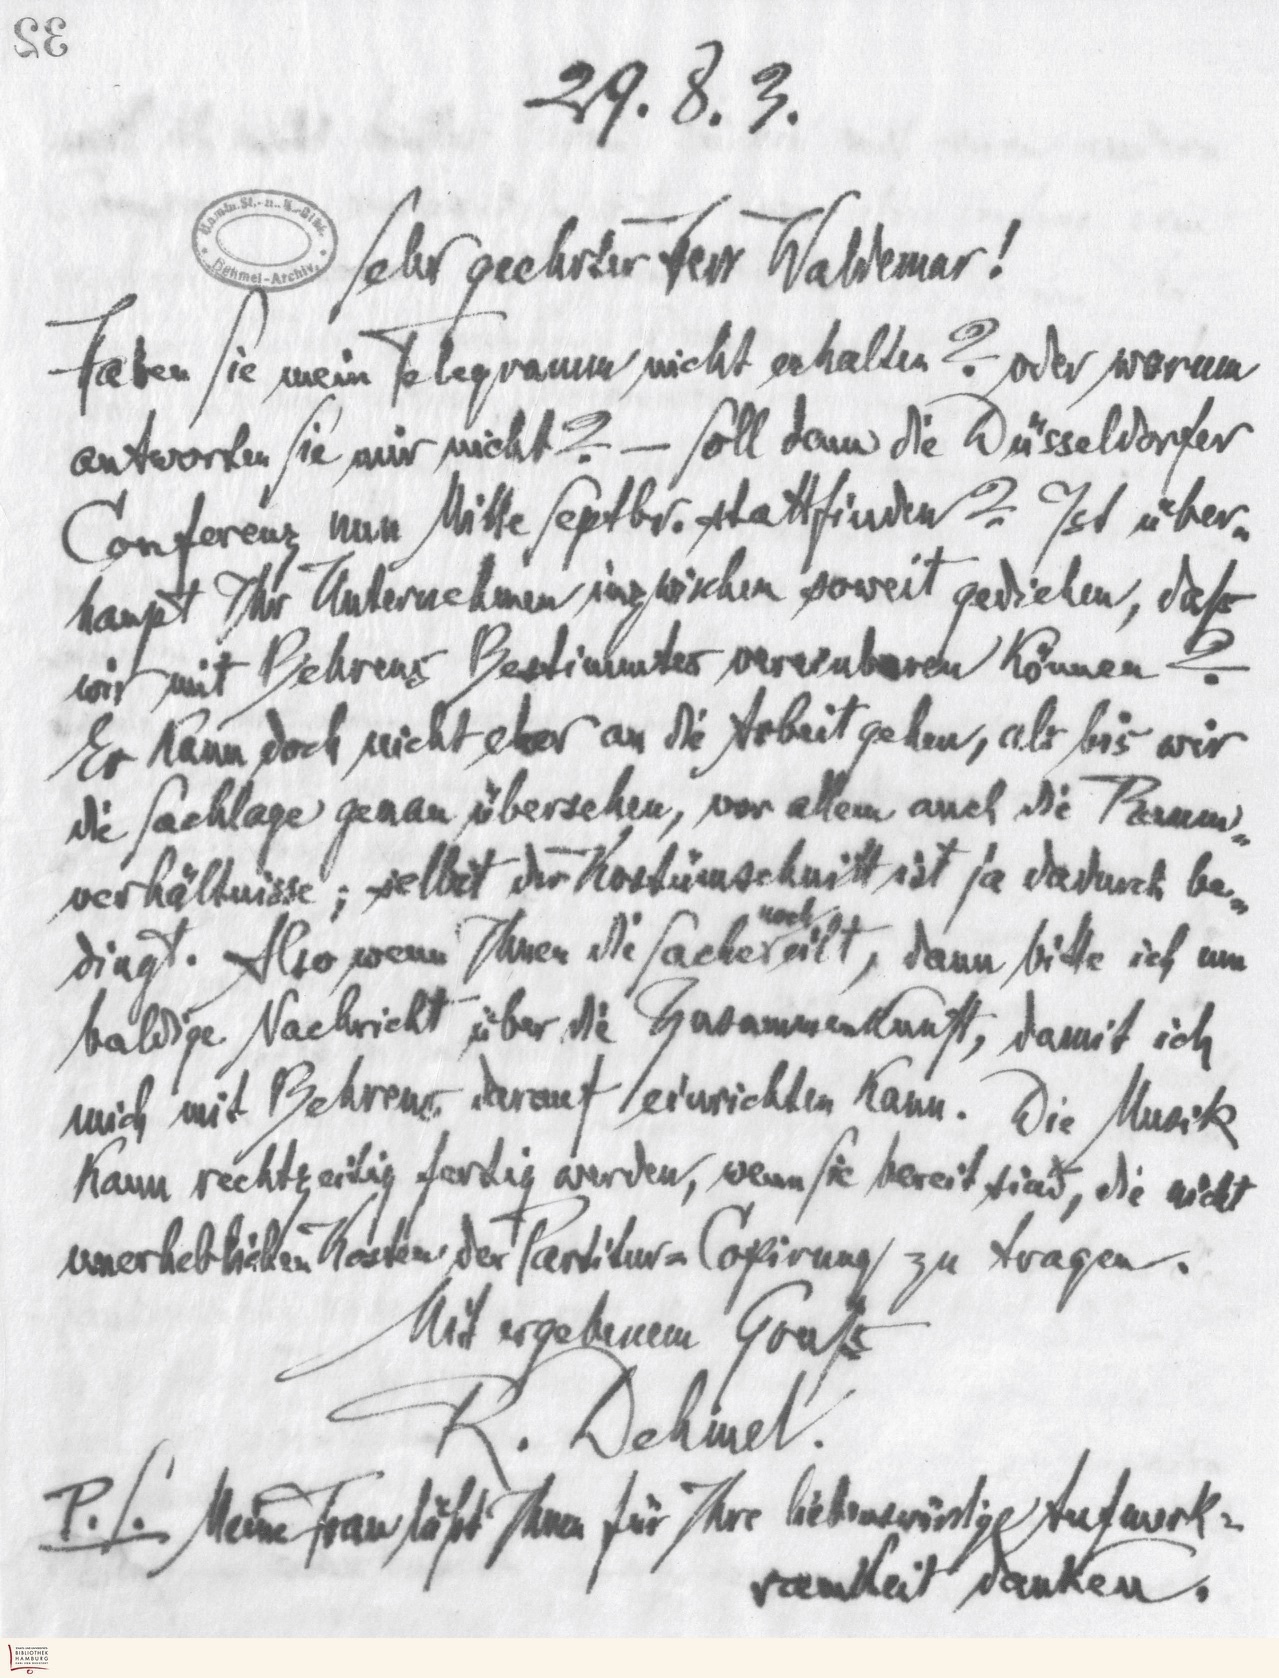
29.8.3.
Sehr geehrter Herr Waldemar!
Haben Sie mein Telegramm nicht erhalten? oder warum antworten Sie mir nicht? - Soll dann die Düsseldorfer
Conferenz nun Mitte Setbr. stattfinden? Ict über-
haupt Ihr Unternehmen inzwischen soweit gediehen, daß
wir mit Behrens Bestimmtes vereinbaren können?
Er kann doch nicht eher an die Arbeit gehen, als bis wir
die Sachlage genau übersehen, vor allem auch die Raum-
verhältnisse; selbst der Kostümschnitt ist ja dadurch be-
dingt. Also wenn Ihnen die Sache noch eilt, dann bitte ich um
baldige Nachricht über die Zusammenkunft, damit ich
mich mit Behrens darauf einrichten kann. Die Musik
kann rechtzeitig fertig werden, wenn Sie bereit sind, die nicht
unerheblichen Kosten der Partitur Copirung zu tragen.
Mit ergebenem Gruß
R. Dehmel
P.S. Meine Frau läßt Ihnen für Ihre liebenswürdige Aufmerk-
samkeit danken.